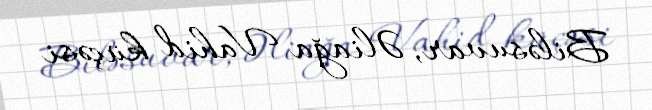
Biləsuvar, Əliağa Vahid küçəsi